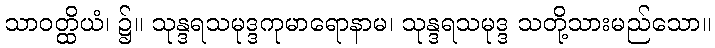
သာဝတ္ထိယံ၊ ၌။ သုန္ဒရသမုဒ္ဒကုမာရောနာမ၊ သုန္ဒရသမုဒ္ဒ သတို့သားမည်သော။